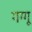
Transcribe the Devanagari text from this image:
गग्गू